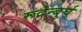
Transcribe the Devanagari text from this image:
रूदेन्बुर्घ्